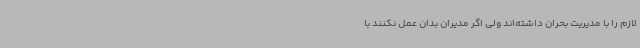
لازم را با مدیریت بحران داشته‌اند ولی اگر مدیران بدان عمل نکنند با